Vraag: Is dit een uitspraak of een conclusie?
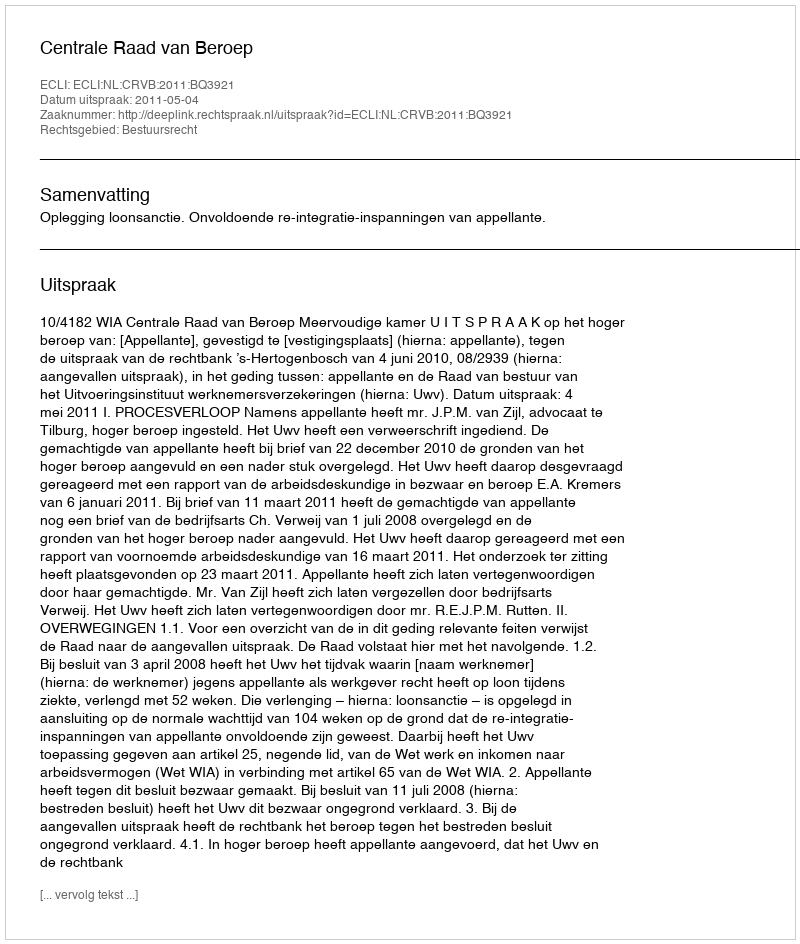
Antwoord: Uitspraak